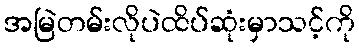
အမြဲတမ်းလိုပဲထိပ်ဆုံးမှာသင့်ကို